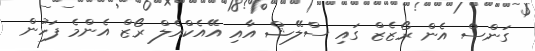
ގަންސް އެން ރޯޒެޒް ގައި ސްލޭޝް އާއި އޭއެކްއެލް ރޯޒް އެންމެ ފަހުން